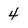
Character: 4